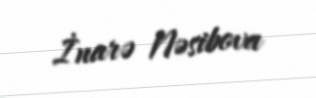
İnarə Nəsibova